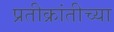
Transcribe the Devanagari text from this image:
प्रतीक्रांतीच्या